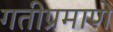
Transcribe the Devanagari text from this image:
गतीप्रमाणे